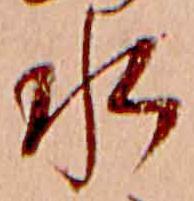
水